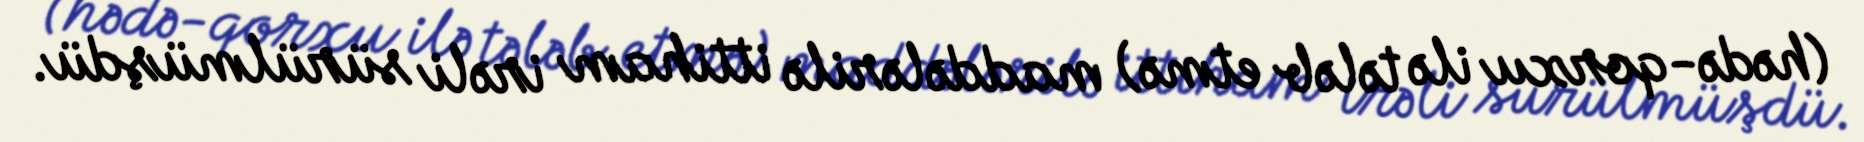
(hədə-qorxu ilə tələb etmə) maddələrilə ittiham irəli sürülmüşdü.